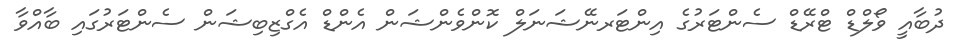
ދުބާއީ ވޯލްޑް ޓްރޭޑް ސެންޓަރުގެ އިންޓަރނޭޝަނަލް ކޮންވެންޝަން އެންޑް އެގްޒިބިޝަން ސެންޓަރުގައި ބާއްވާ